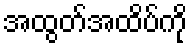
အထွတ်အထိပ်ကို